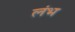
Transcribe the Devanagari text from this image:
लंभ